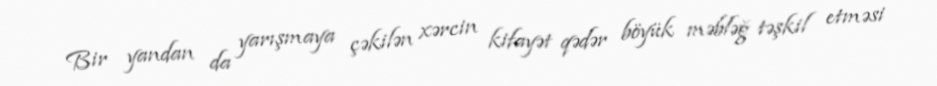
Bir yandan da yarışmaya çəkilən xərcin kifayət qədər böyük məbləğ təşkil etməsi